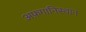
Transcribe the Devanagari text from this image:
अफ़गानिस्थान